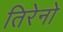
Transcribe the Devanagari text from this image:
तिरेनो